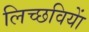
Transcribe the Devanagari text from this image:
लिच्छवियाें